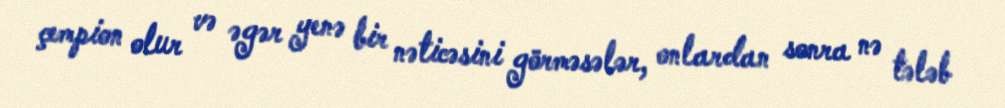
çempion olur və əgər yenə bir nəticəsini görməsələr, onlardan sonra nə tələb